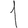
Digit: 1